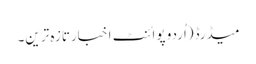
میڈرڈ(اُردو پوائنٹ اخبارتازہ ترین۔